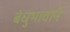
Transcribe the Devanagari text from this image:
बंधुभावाने